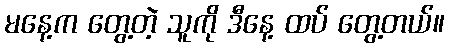
မနေ့က တွေ့တဲ့ သူကို ဒီနေ့ ထပ် တွေ့တယ်။